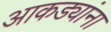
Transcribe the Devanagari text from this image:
आकड्यांना